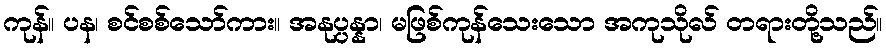
ကုန်။ ပန၊ စင်စစ်သော်ကား။ အနုပ္ပန္နာ၊ မဖြစ်ကုန်သေးသော အကုသိုလ် တရားတို့သည်။